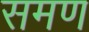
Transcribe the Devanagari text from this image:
समण